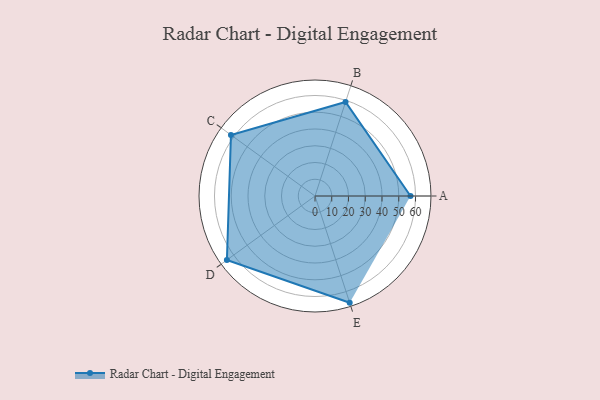
{"axis": {"x": "Skill", "y": "Score"}, "legend": ["Profile"], "data": [{"x": "A", "y": 57.0, "type": "Profile"}, {"x": "B", "y": 59.0, "type": "Profile"}, {"x": "C", "y": 62.0, "type": "Profile"}, {"x": "D", "y": 65.0, "type": "Profile"}, {"x": "E", "y": 67.0, "type": "Profile"}]}